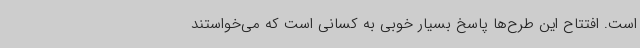
است. افتتاح این طرح‌ها پاسخ بسیار خوبی به کسانی است که می‌خواستند